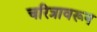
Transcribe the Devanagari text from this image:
चरित्रावरून